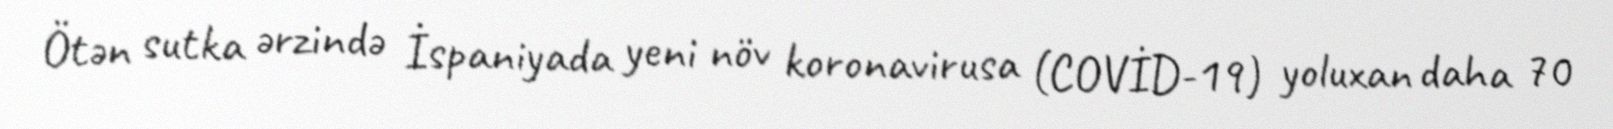
Ötən sutka ərzində İspaniyada yeni növ koronavirusa (COVİD-19) yoluxan daha 70